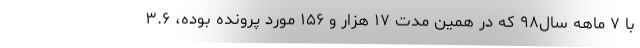
با ۷ ماهه سال۹۸ که در همین مدت ۱۷ هزار و ۱۵۶ مورد پرونده بوده، ۳.۶